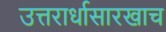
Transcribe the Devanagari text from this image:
उत्तरार्धासारखाच